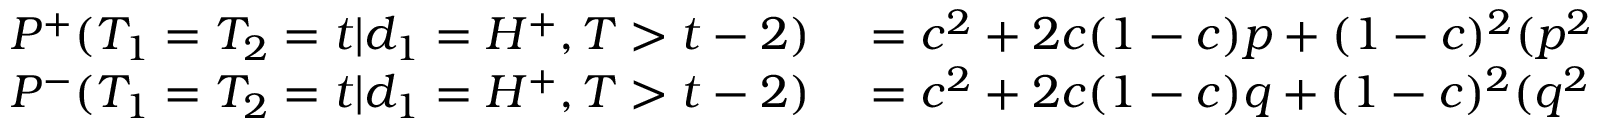
\begin{array} { r l } { P ^ { + } ( T _ { 1 } = T _ { 2 } = t | d _ { 1 } = H ^ { + } , T > t - 2 ) } & { { } = c ^ { 2 } + 2 c ( 1 - c ) p + ( 1 - c ) ^ { 2 } ( p ^ { 2 } + q ^ { 2 } ) , } \\ { P ^ { - } ( T _ { 1 } = T _ { 2 } = t | d _ { 1 } = H ^ { + } , T > t - 2 ) } & { { } = c ^ { 2 } + 2 c ( 1 - c ) q + ( 1 - c ) ^ { 2 } ( q ^ { 2 } + p ^ { 2 } ) . } \end{array}